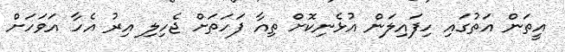
އީތަން އަތުގައި ހިފައިލަން އުޅެނިކޮށް ތިއާ ފަހަތަށް ޖެހިލި އިރު އެހާ އަވަހަށް